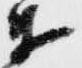
衛